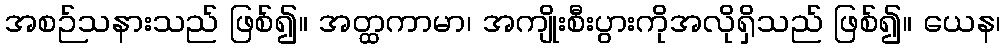
အစဉ်သနားသည် ဖြစ်၍။ အတ္ထကာမာ၊ အကျိုးစီးပွားကိုအလိုရှိသည် ဖြစ်၍။ ယေန၊